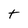
Character: t